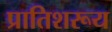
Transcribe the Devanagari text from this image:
प्रातिशरूय